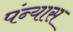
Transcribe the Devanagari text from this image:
पंन्यास